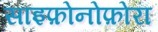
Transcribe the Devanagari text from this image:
साइफ़ोनोफ़ोरा